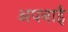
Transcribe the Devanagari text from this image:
अपनाईं